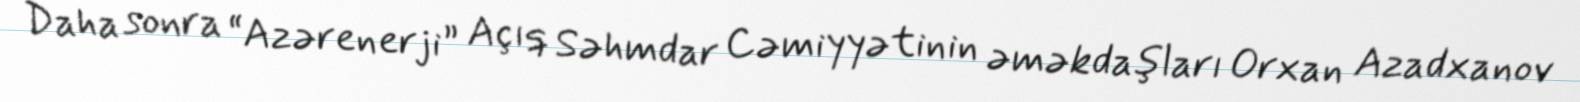
Daha sonra “Azərenerji” Açıq Səhmdar Cəmiyyətinin əməkdaşları Orxan Azadxanov